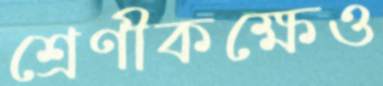
শ্রেণীকক্ষেও